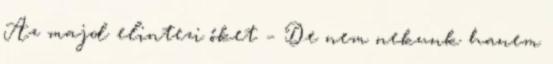
Az majd elintezi őket – De nem nekunk hanem